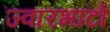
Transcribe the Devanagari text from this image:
ज्वारभाटों